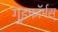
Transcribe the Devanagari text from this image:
गुइफॉर्मस्